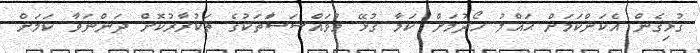
ގުޅިގެން އެކަންކަމަށް ޙައްލު ހޯދުމަށް ކަމާ ގުޅޭ މުވައްސަސާަތަކުގެ ތަކުރާރުކޮށް ދަންނަވާ ކަމަށް